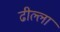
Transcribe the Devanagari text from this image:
ढील्ला